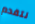
نتقدم